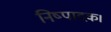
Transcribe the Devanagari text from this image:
निष्पादक।